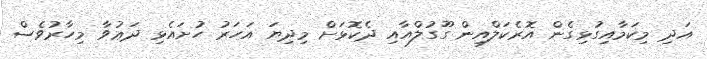
އަދި މިކަމާއިގުޅިގެން އޮރެކަލްއިން ގޫގުލްއާއި ދެކޮޅަށް މިދިޔަ އަހަރު ހުށައެޅި ދަޢުވާ މިހާރުވެސް